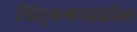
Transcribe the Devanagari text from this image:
चिद्‌गगनातील